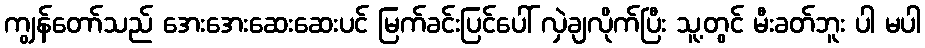
ကျွန်တော်သည် အေးအေးဆေးဆေးပင် မြက်ခင်းပြင်ပေါ် လှဲချလိုက်ပြီး သူ့တွင် မီးခတ်ဘူး ပါ မပါ